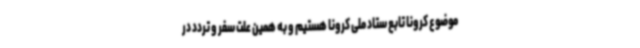
موضوع کرونا تابع ستاد ملی کرونا هستیم و به همین علت سفر و تردد در